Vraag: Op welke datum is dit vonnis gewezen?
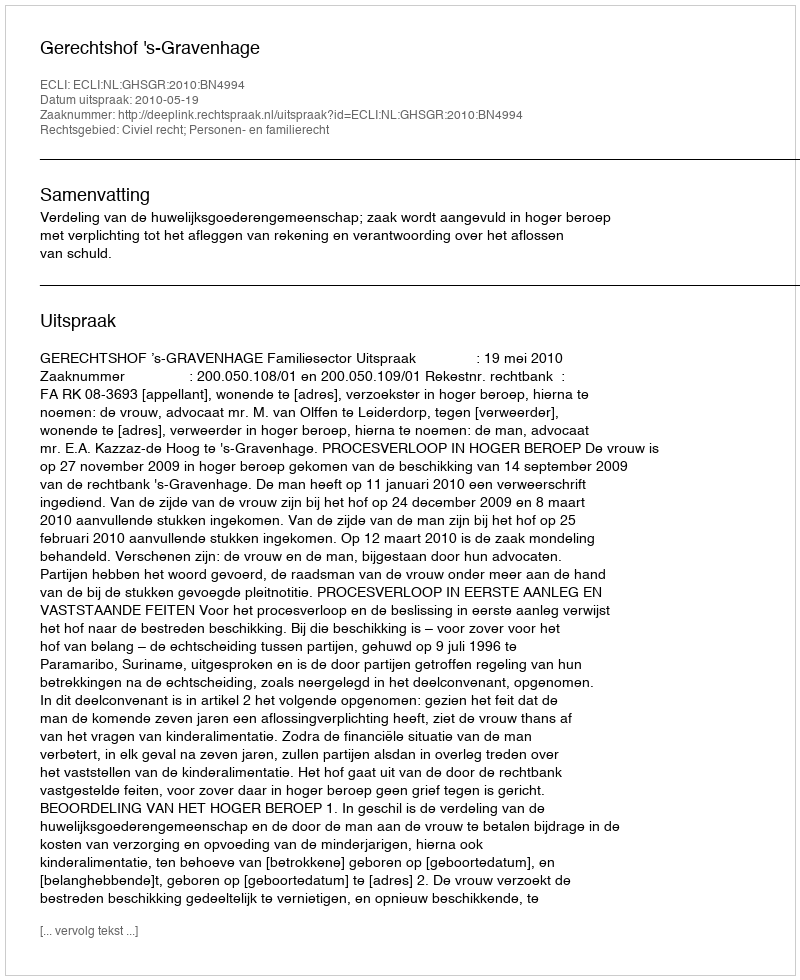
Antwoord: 2010-05-19